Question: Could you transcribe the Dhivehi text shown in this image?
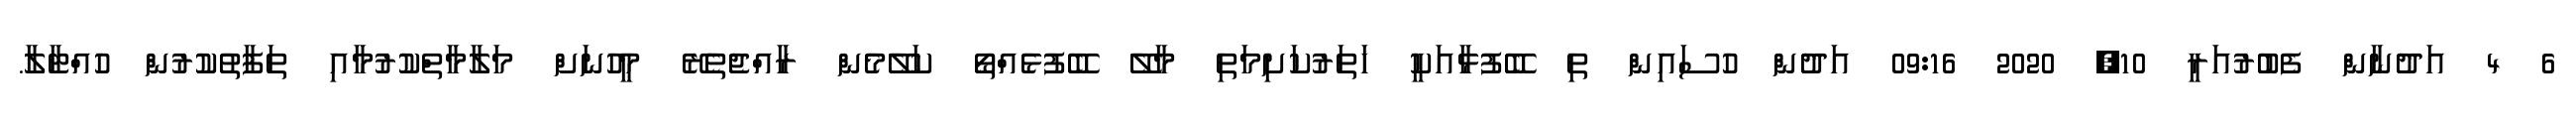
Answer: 6 4 އަދުނާން ފެބުރުއަރީ 10, 2020 09:16 އަދުން ހުސައިން ތި ބޭފުޅާއަކީ ހަތަރުކަށިމަތި މާލޭ ބޭފުޅެއްތޯ ކަލޭމެން ރާއްޖެތެރޭ މީހުނަށް މަލާމާތްކުރުމާއި ތަފާތުކުރުން ހުއްޓާލާ.